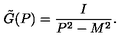
\tilde { G } ( P ) = \frac { I } { P ^ { 2 } - M ^ { 2 } } .